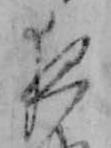
夜